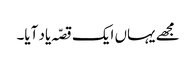
مجھے یہاں ایک قصّہ یاد آیا۔